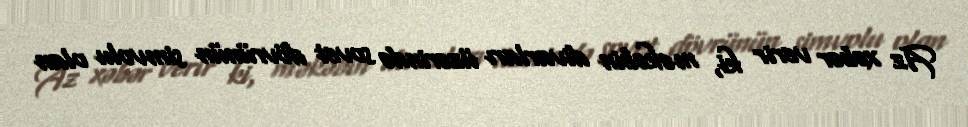
Az xəbər verir ki, məkəbin divarları üzərində sovet dövrünün simvolu olan